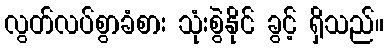
လွတ်လပ်စွာခံစား သုံးစွဲနိုင် ခွင့် ရှိသည်။